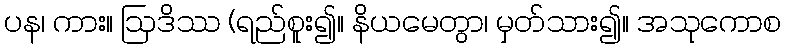
ပန၊ ကား။ ဩဒိဿ (ရည်စူး၍။ နိယမေတွာ၊ မှတ်သား၍။ အသုကောစ